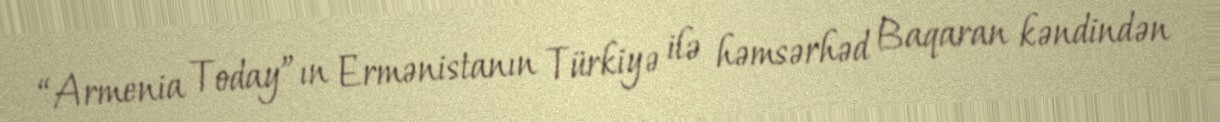
“Armenia Today”ın Ermənistanın Türkiyə ilə həmsərhəd Baqaran kəndindən